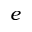
e